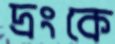
দ্রংকে